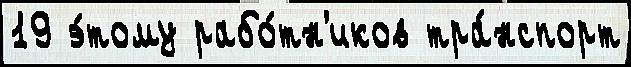
19 э́тому рабо́тн'иков тра́нспорт